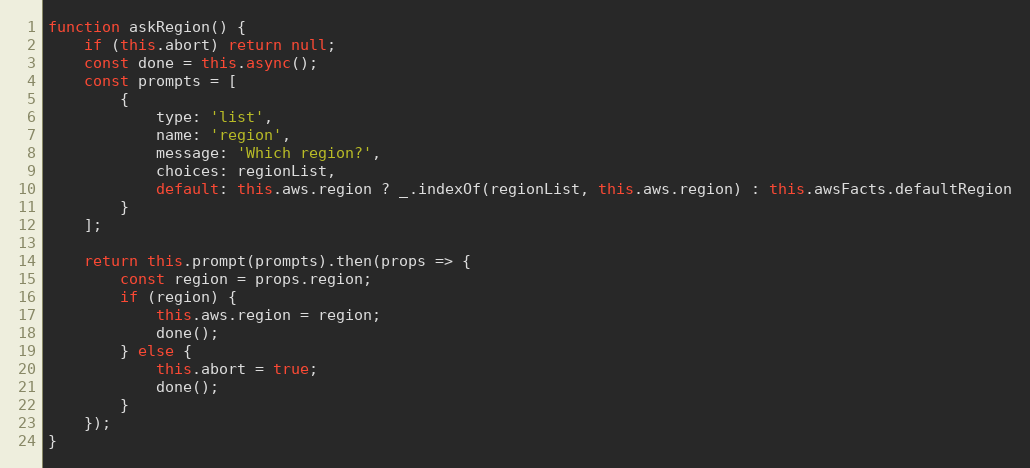
Language: JavaScript
function askRegion() {
    if (this.abort) return null;
    const done = this.async();
    const prompts = [
        {
            type: 'list',
            name: 'region',
            message: 'Which region?',
            choices: regionList,
            default: this.aws.region ? _.indexOf(regionList, this.aws.region) : this.awsFacts.defaultRegion
        }
    ];

    return this.prompt(prompts).then(props => {
        const region = props.region;
        if (region) {
            this.aws.region = region;
            done();
        } else {
            this.abort = true;
            done();
        }
    });
}